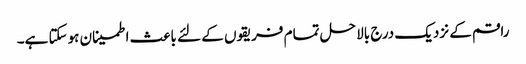
راقم کے نزدیک درج بالا حل تمام فریقوں کے لئے باعث اطمینان ہوسکتا ہے۔